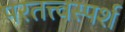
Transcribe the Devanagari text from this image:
परतत्त्वस्पर्श